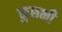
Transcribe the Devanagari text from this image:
कुछभी